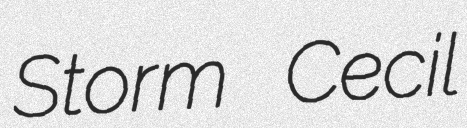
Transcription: Storm Cecil